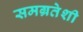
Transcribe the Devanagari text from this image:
समग्रतेशी